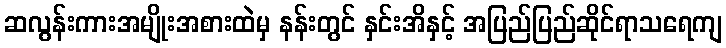
ဆလွန်းကားအမျိုးအစားထဲမှ နန်းတွင် နှင်းအိနှင့် အပြည်ပြည်ဆိုင်ရာသရေကျ